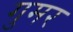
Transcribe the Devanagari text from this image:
गुमर